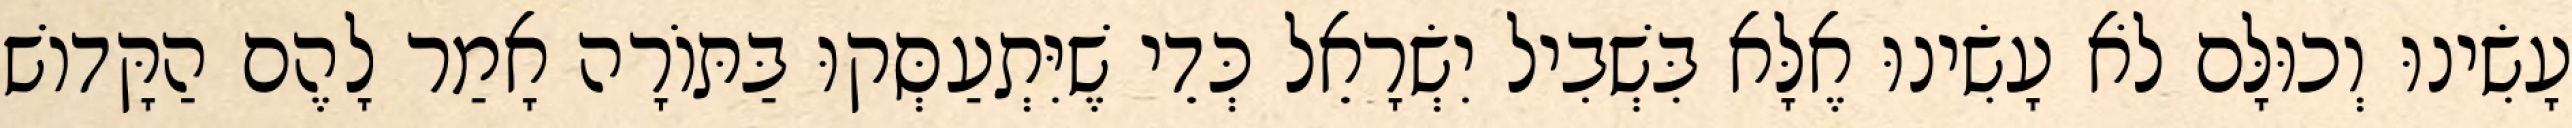
עָשִׂינוּ וְכוּלָּם לֹא עָשִׂינוּ אֶלָּא בִּשְׁבִיל יִשְׂרָאֵל כְּדֵי שֶׁיִּתְעַסְּקוּ בַּתּוֹרָה אָמַר לָהֶם הַקָּדוֹשׁ